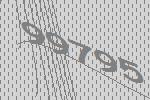
99795